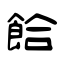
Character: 餄